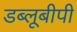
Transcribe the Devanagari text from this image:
डब्लूबीपी